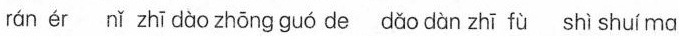
ér ǐ zhī dàp zněng quó Je cū dǜn zhī fù shì shulm